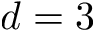
d = 3